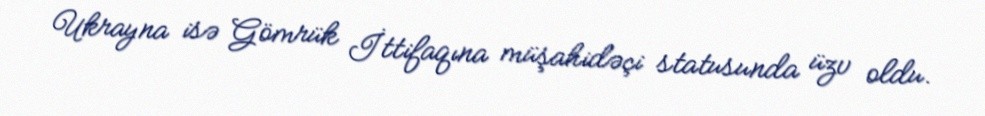
Ukrayna isə Gömrük İttifaqına müşahidəçi statusunda üzv oldu.